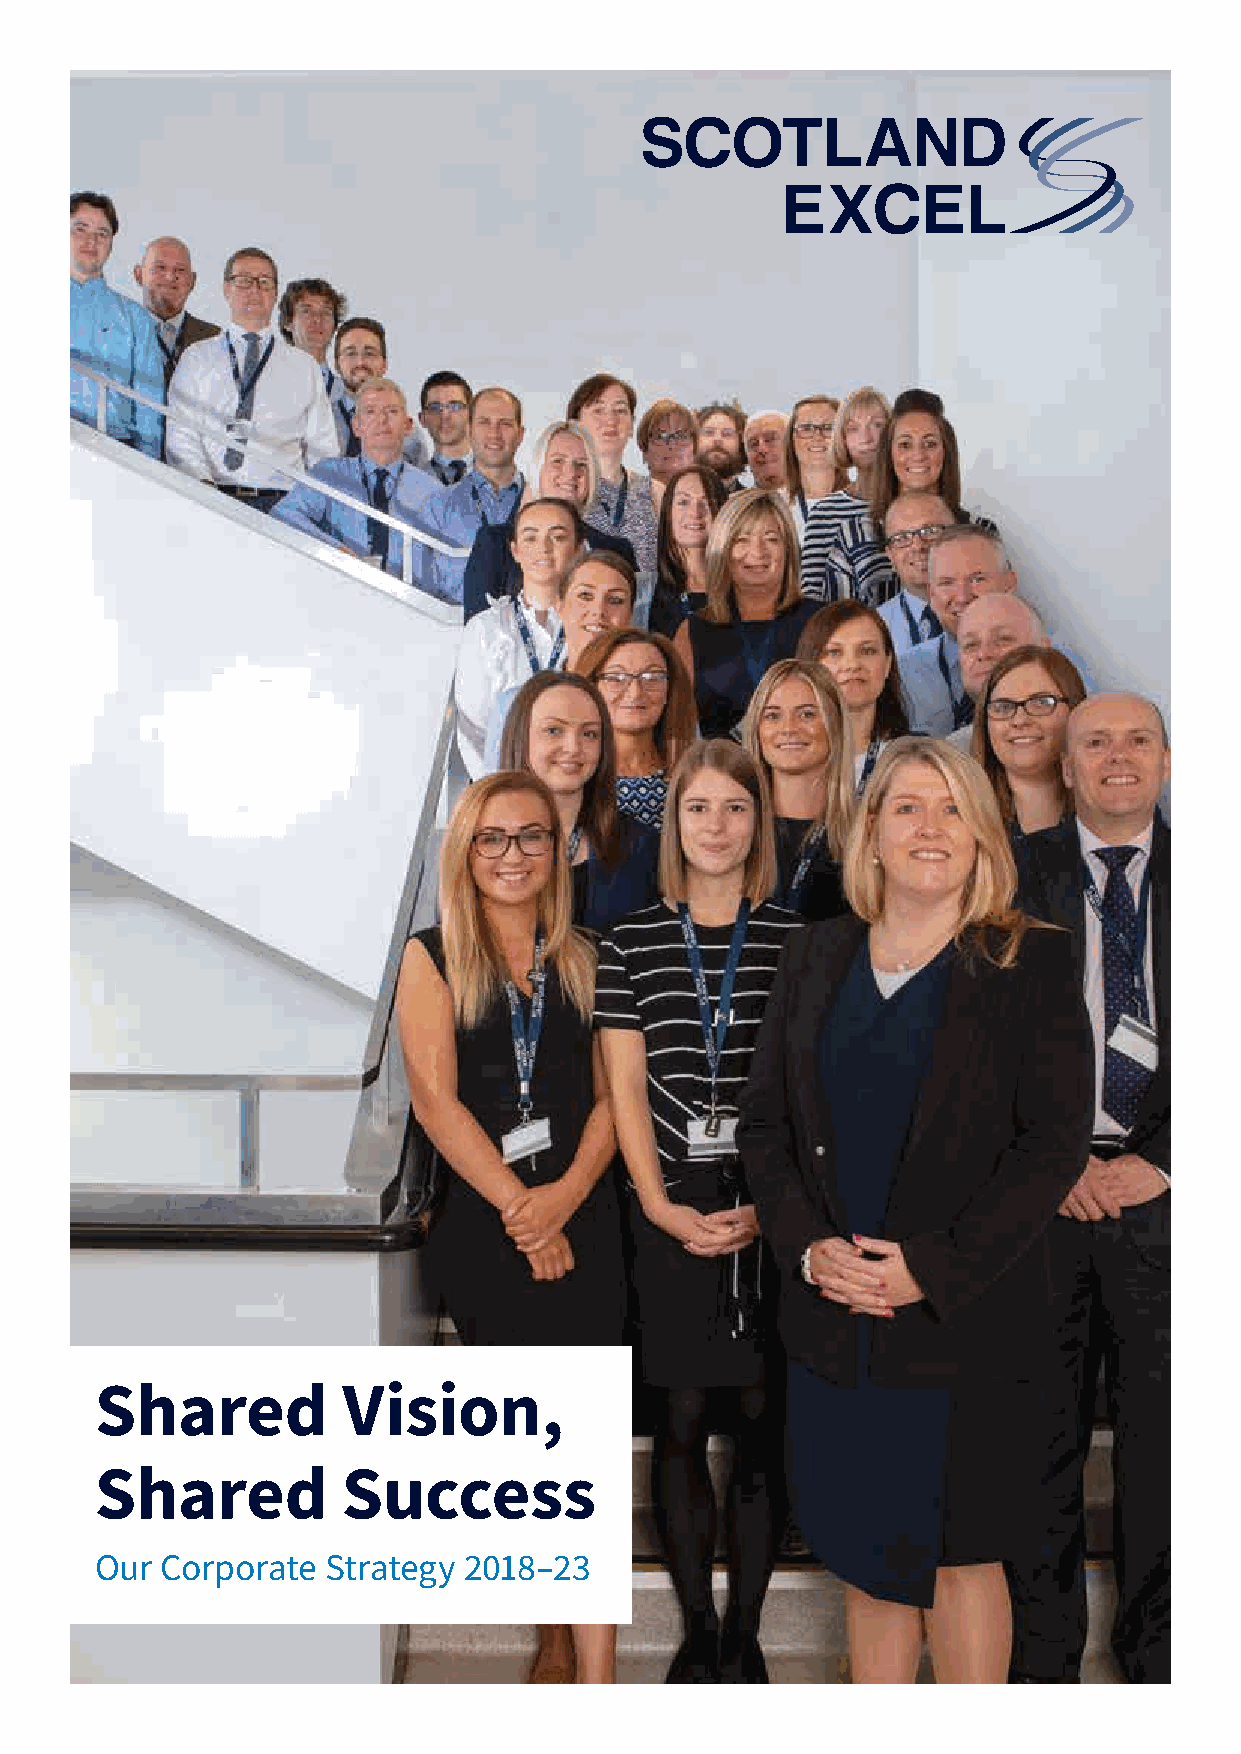
Shared           Vision,
 Shared           Success
 Our  Corporate Strategy  2018–23